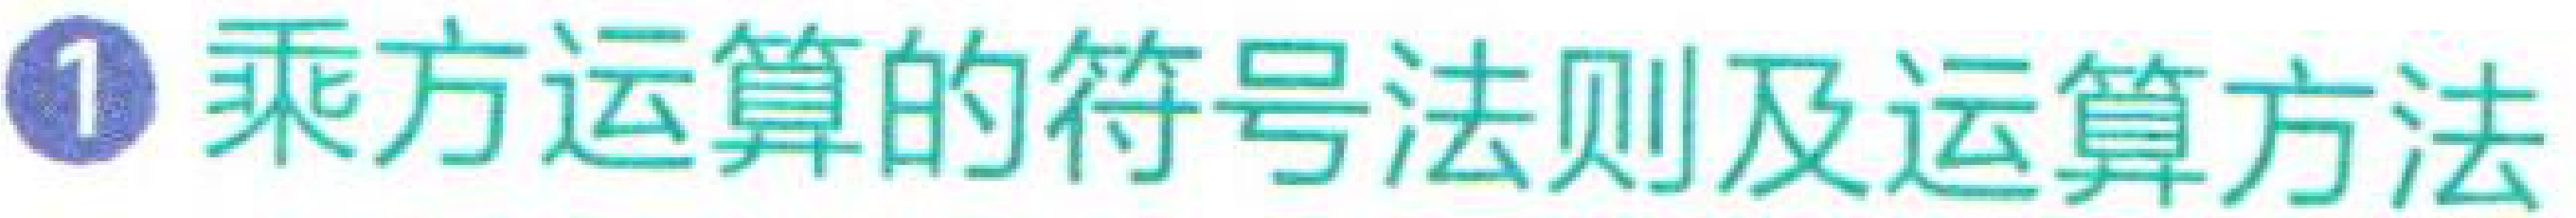
1 乘方运算的符号法则及运算方法